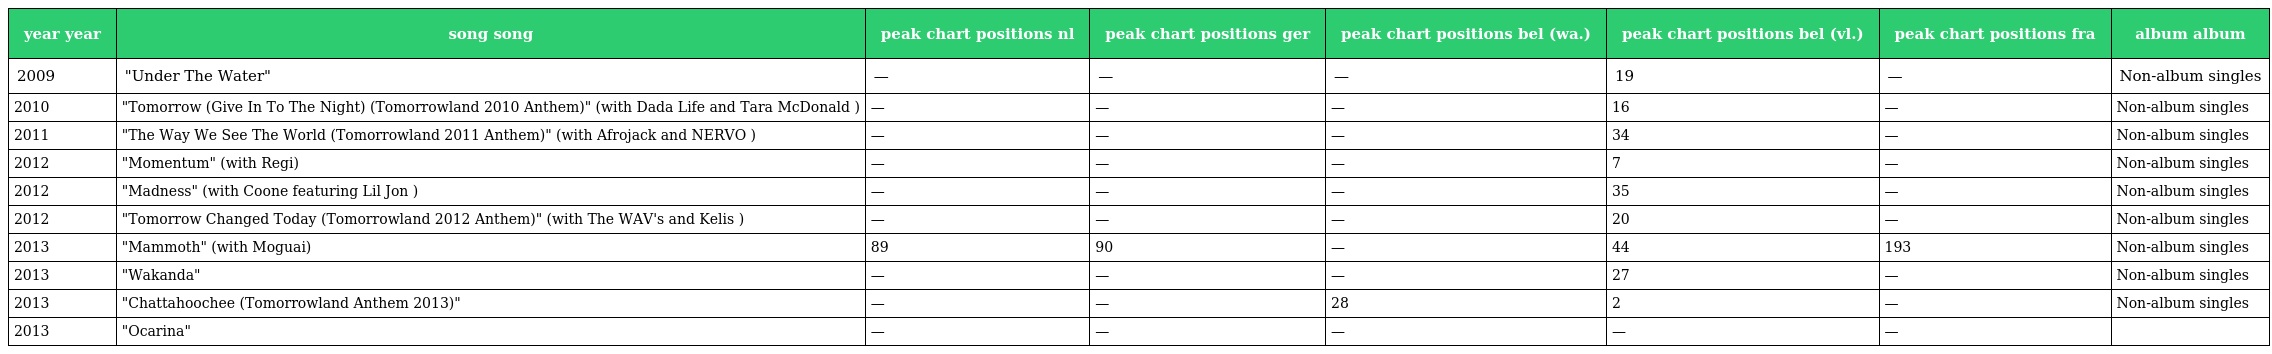
| year year | song song | peak chart positions nl | peak chart positions ger | peak chart positions bel (wa.) | peak chart positions bel (vl.) | peak chart positions fra | album album |
 | --- | --- | --- | --- | --- | --- | --- | --- |
 | 2009 | "Under The Water" | — | — | — | 19 | — | Non-album singles |
 | 2010 | "Tomorrow (Give In To The Night) (Tomorrowland 2010 Anthem)" (with Dada Life and Tara McDonald ) | — | — | — | 16 | — | Non-album singles |
 | 2011 | "The Way We See The World (Tomorrowland 2011 Anthem)" (with Afrojack and NERVO ) | — | — | — | 34 | — | Non-album singles |
 | 2012 | "Momentum" (with Regi) | — | — | — | 7 | — | Non-album singles |
 | 2012 | "Madness" (with Coone featuring Lil Jon ) | — | — | — | 35 | — | Non-album singles |
 | 2012 | "Tomorrow Changed Today (Tomorrowland 2012 Anthem)" (with The WAV's and Kelis ) | — | — | — | 20 | — | Non-album singles |
 | 2013 | "Mammoth" (with Moguai) | 89 | 90 | — | 44 | 193 | Non-album singles |
 | 2013 | "Wakanda" | — | — | — | 27 | — | Non-album singles |
 | 2013 | "Chattahoochee (Tomorrowland Anthem 2013)" | — | — | 28 | 2 | — | Non-album singles |
 | 2013 | "Ocarina" | — | — | — | — | — |  |